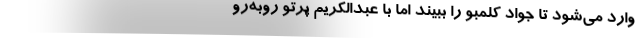
وارد می‌شود تا جواد کلمبو را ببیند اما با عبدالکریم پرتو روبه‌رو